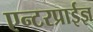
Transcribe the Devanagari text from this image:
एन्टरप्राईज्ञ